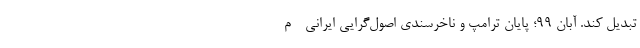
تبدیل کند. آبان 99؛ پایان ترامپ و ناخُرسندی اصول‌گرایی ایرانی - م